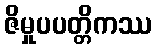
ဇိမှုပပတ္တိကဿ